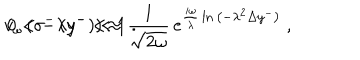
v _ { \omega } \left( \sigma ^ { - } \left( y ^ { - } \right) \right) \approx { \frac { 1 } { \sqrt { 2 \omega } } } \, e ^ { { \frac { i \omega } { \lambda } } \ln { \left( - \lambda ^ { 2 } \Delta y ^ { - } \right) } } \ , \hspace { 1 c m } 0 < - \lambda y ^ { - } \ll 1 \; .